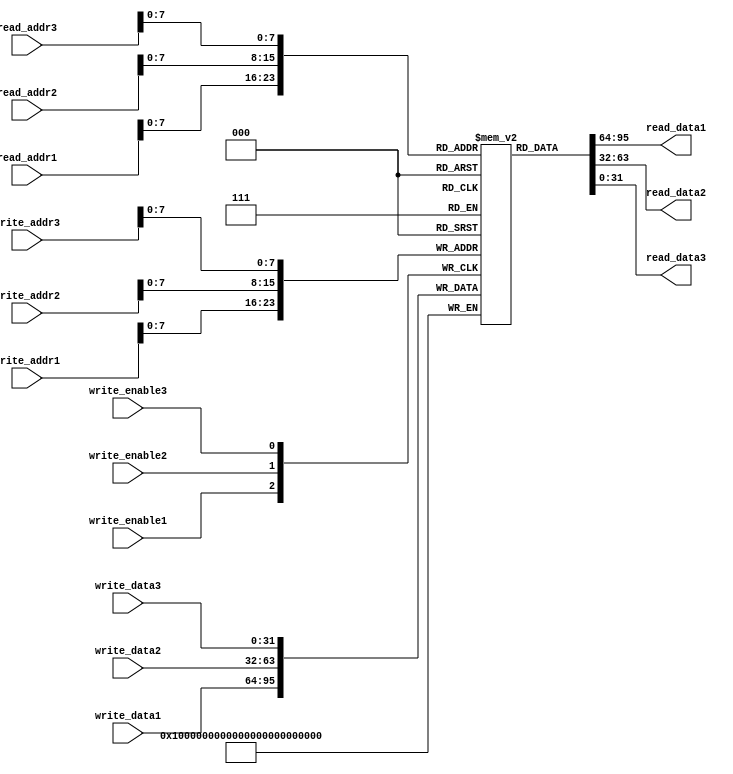
module triple_port_register_file (
    input wire [31:0] read_addr1, 
    input wire [31:0] read_addr2, 
    input wire [31:0] read_addr3, 
    input wire [31:0] write_addr1, 
    input wire [31:0] write_addr2, 
    input wire [31:0] write_addr3, 
    input wire [31:0] write_data1, 
    input wire [31:0] write_data2, 
    input wire [31:0] write_data3, 
    input wire write_enable1, 
    input wire write_enable2, 
    input wire write_enable3, 
    output reg [31:0] read_data1, 
    output reg [31:0] read_data2, 
    output reg [31:0] read_data3
);

// Define memory blocks for register file
reg [31:0] mem [0:255];

always @ (posedge write_enable1)
begin
    if (write_enable1)
        mem[write_addr1] <= write_data1;
end

always @ (posedge write_enable2)
begin
    if (write_enable2)
        mem[write_addr2] <= write_data2;
end

always @ (posedge write_enable3)
begin
    if (write_enable3)
        mem[write_addr3] <= write_data3;
end

assign read_data1 = mem[read_addr1];
assign read_data2 = mem[read_addr2];
assign read_data3 = mem[read_addr3];

endmodule